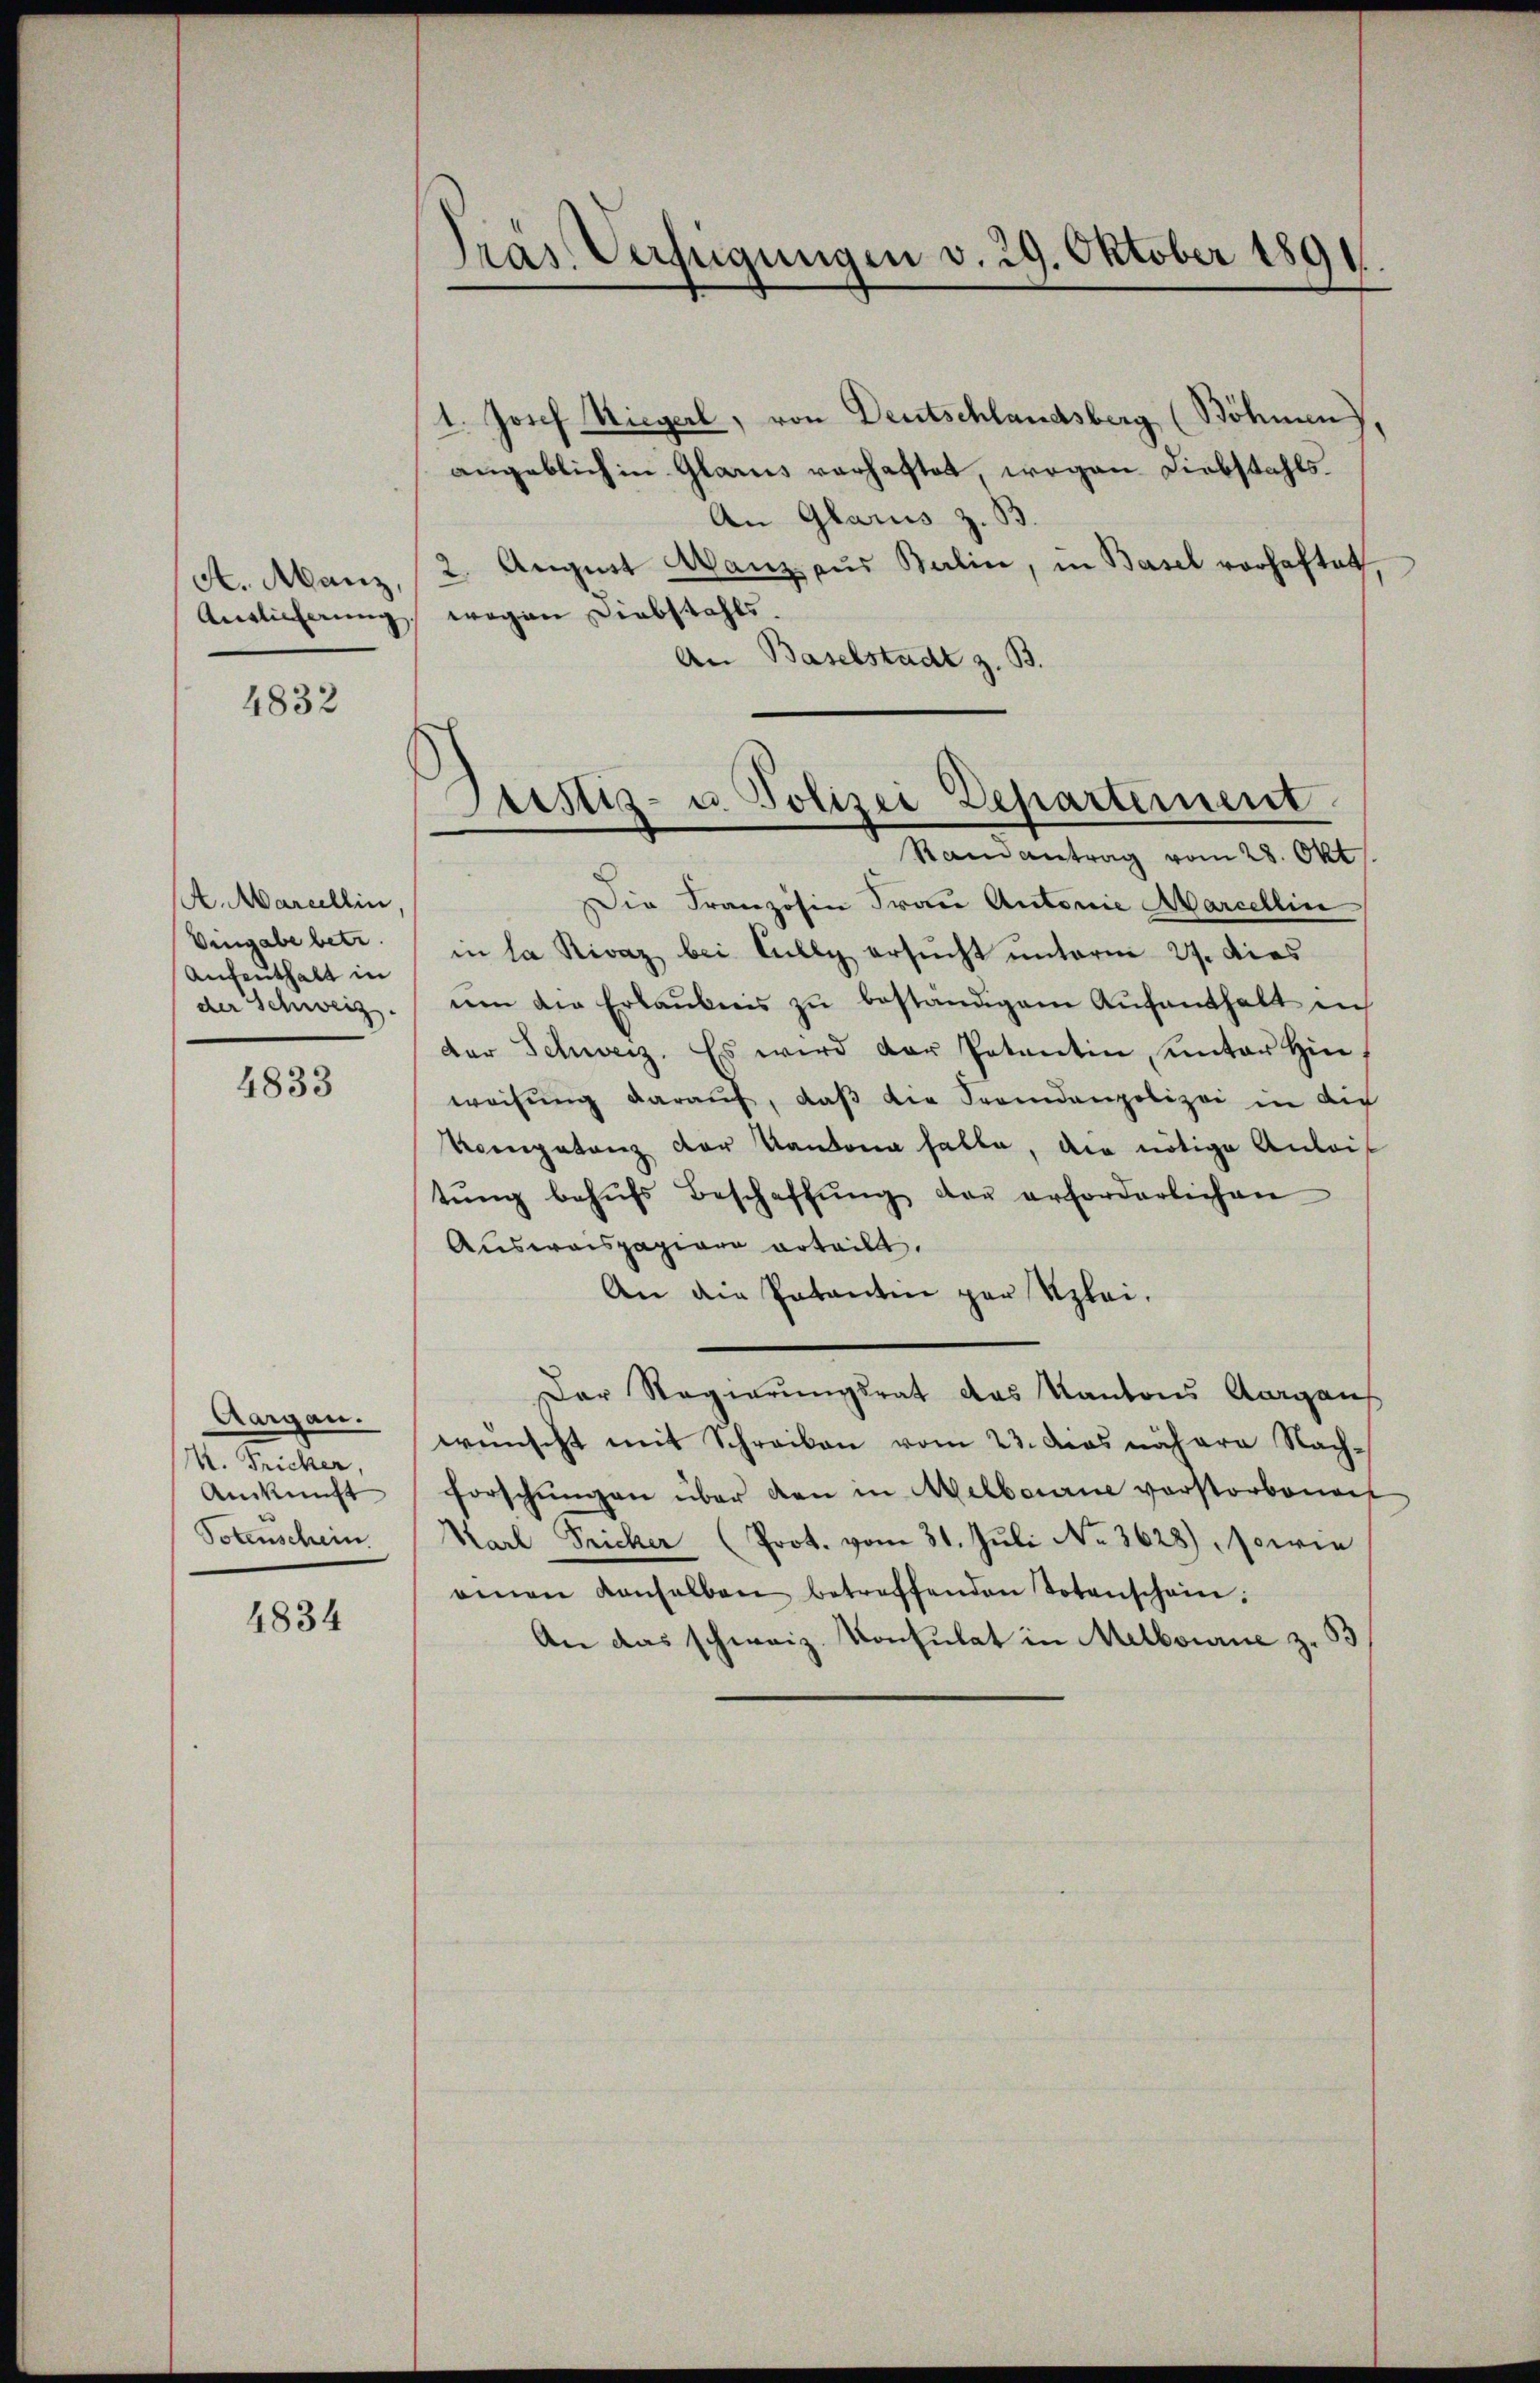
A. Manz,

4832

A.Marcellin.
Vengabe betr
Aufenthalt in
der Schweiz.

4833

Aargau.
K. Fricker,
Aukunft
Potenschein.

4834

Präs. Verfügungen v. 29. Oktober 1891.

1. Josef Hiegerl, von Deutschlandsberg (Böhmen
angeblich in Glarus verhaftet, wegen Diebstahls.
An Glarus z. B.
2. August Ganz aus Balin, in Basel vorhaftet
Anglicherung, wegen Diebstahls.
An Baselstadt z. B.

Justiz- u. Polizei Departement
Randantrag vom 28. Okt.

Die Franzosen Frau Antonie Marcellin
in la Rivaz bei Cully ersucht unterm 27. Dies
nen die Erlaubnis zŭ beständigen Aufenthalt ich
der Schweiz. Es wird der Petentin unter Hinweisŭng darauf, daβ die Fremdenpolizei in Aic
Vompetenz der Kantona falle, die nötige Anleis
tŭng behŭfs Beschaffŭng der erforderlichen
Ausweispapiere erteilt.
An die Patantin par Klei¬
Der Regierungsrat das Kantons Aargaus
wünscht mit Schreiben vom 23. das nähere Nach-
forschungen über den in Melbourne verstorbenen
Karl Fricker (Prot. vom 31. Juli No 3628) sowie
einen denselben betreffenden Totenschein.
An das schweiz. Konsulat in Melbourie z. B